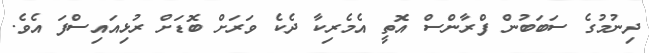
ދިނުމުގެ ސަބަބުން ފްރާންސް އޮތީ އެމެރިކާ ދެކެ ވަރަށް ބޮޑަށް ރުޅިއައިސްފަ އެވެ.